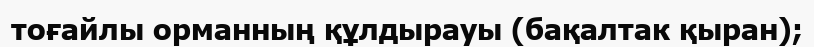
тоғайлы орманның құлдырауы (бақалтак қыран);